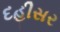
દહીસર